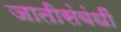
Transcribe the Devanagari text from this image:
जातीसंबंधीं